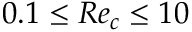
0 . 1 \leq R e _ { c } \leq 1 0